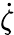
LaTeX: \dot{\zeta}